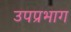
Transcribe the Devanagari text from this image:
उपप्रभाग